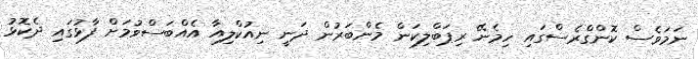
ނަމަވެސް ކޮންގްރެސްގައި ހިމެނޭ ރިޕަބްލިކަން މެންބަރުން ދަނީ ނިއުކްލިއާ އެއްބަސްވުމަށް ފާޅުގައި ދެކޮޅު